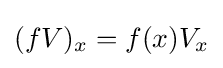
(fV)_{x}=f(x)V_{x}